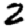
Digit: 2